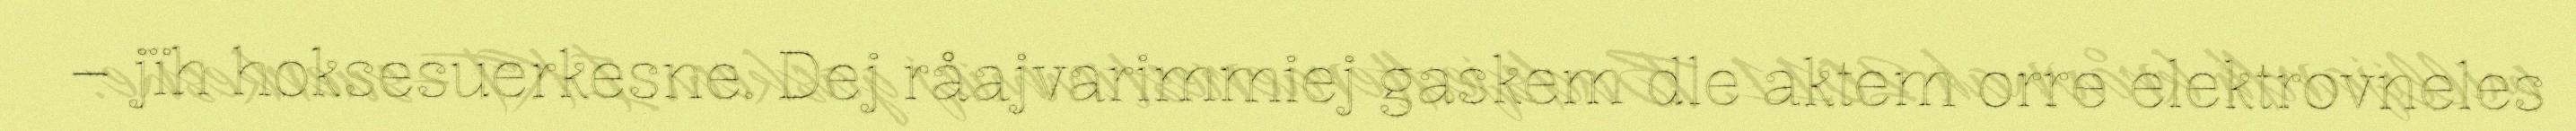
– jïh hoksesuerkesne. Dej råajvarimmiej gaskem dle aktem orre elektrovneles